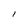
Character: l